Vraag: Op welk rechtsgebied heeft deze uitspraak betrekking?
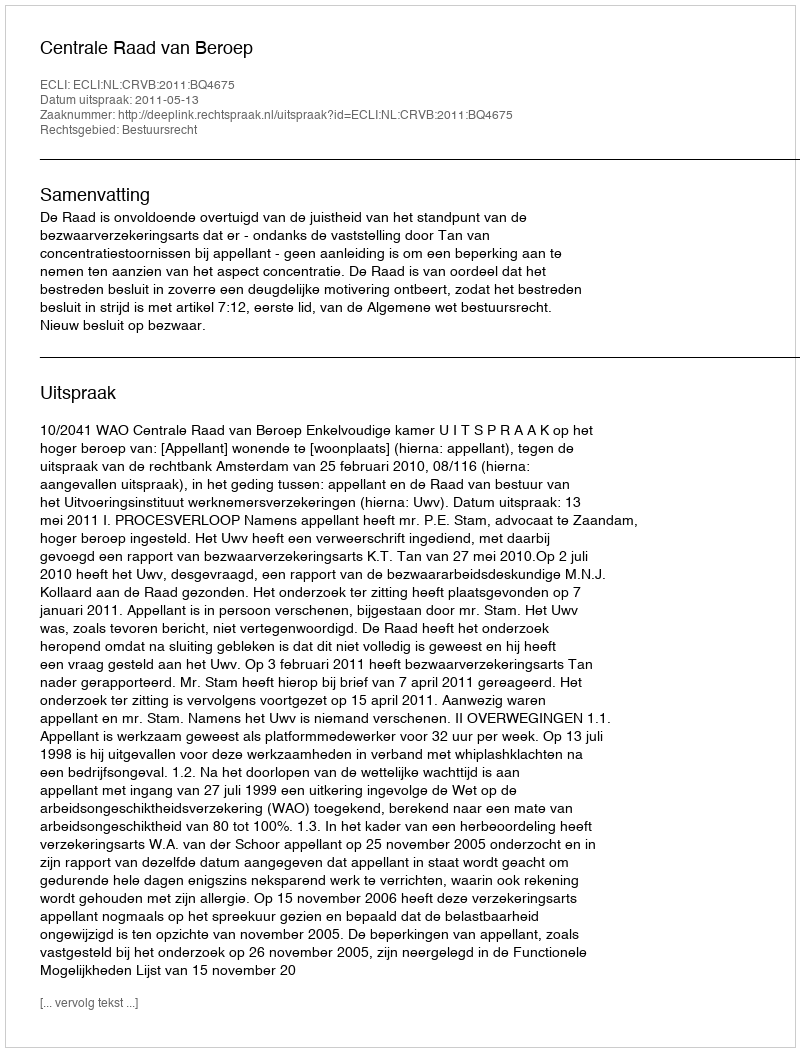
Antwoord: Bestuursrecht